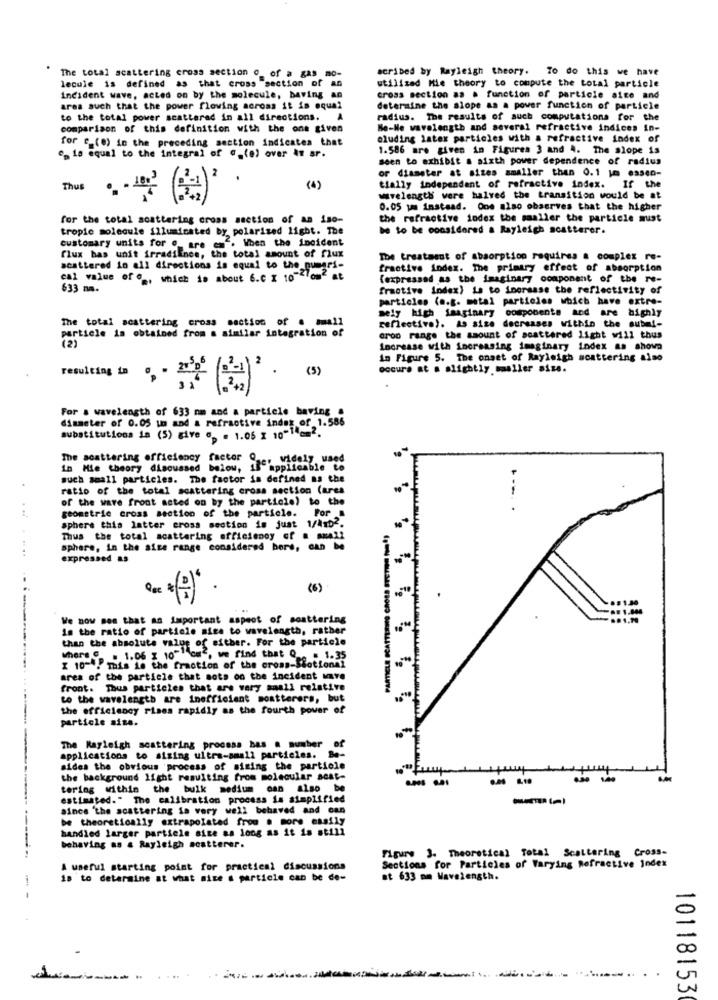
acribed by Rayleigh theory. To do this we have
The total scattering cross section o of a gas mo-
lecule is defined as that cross section of an
utilized Mie theory to compute the total particle
incident wave, acted on by the molecule, beving an
cross section as a function of particle site and
area such that the power flowing across it is equal
determine the slope as a power function of particle
to the total power scattered in all directions. A
radius. The results of such computations for the
comparison of this definition with the one given
He-Ne wavelength and several refractive indices in-
oluding latex particles with a refractive index of
for c_(0) in the preceding section indicates that
1.586 are given in Figures 3 and 4. The slope is
"> 18 equal to the integral of c.(e) over At ar.
seen to exhibit a sixth power dependence of radius
or diameter at sizes smaller than 0.1 Im essen-
(1)
tially independent of refractive index. If the
wwelength were halved the transition would be at
0.05 um instead. One also observes that the higher
for the total soattaring cross section of an iso-
the refractive index the smaller the particle must
tropic molecule illuminated by polarised light. The
be to be considered a Rayleigh scattarer.
customary units for o are emf. When the incident
flux bas unit irradilince, the total amount of flux
The treatment of absorption requires a complex re-
scattered in all directions is equal to the pumari-
fractive index. The primary effect of absorption
cal value of ., which is about 6.c X 10-Zlowfat
(expressed as the imaginary component of the re-
633 mm.
fractive index) La to increase the reflectivity of
particles (a.g. metal particles which have extre-
mely high imaginary components and are highly
The total scattering cross section of a small
reflective). As sise decreases within the submi-
particle is obtained from a similar integration of
croo range the amount of scattered light will thus
Increase with increasing imaginary index as shown
In Figure 5. The onset of Rayleigh scattering also
2 .
occurs at a slightly maller size.
resulting in
For & wavelength of 633 mm and a particle baving .
diameter of 0.05 um and a refractive index of 1.586
substitutions is (5) give op . 1.05 x 10-14=2.
The scattering efficiency factor 9 ... widely used
in Mie theory discussed below, 1
applicable to
such small particles. The factor is defined as the
ratio of the total scattering cross section (ares
of the wave front acted on by the particie) to the
geometrie cross section of the particle. For .
sphere this latter cross section is just 1/4mb2.
PARTICLE SCATTERMO CROLA FTETION (1)
Thus the total acattering efficiency of a well
sphere, in the aise range considered bors, can be
...
expressed as
(6)
We now men that an important aspect of scattering
in the ratio of particle sice to wavelength, rather
than the absolute value of either. For the particle
where C . 1.06 [ 10" om , we find that Qu. . 1.35
[ 10-4, This is the fraction of the cross-Shotional
area of the particle that sots on the incident unve
front. Thus particles that are very small relative
to the wavelength are inefficient sontterers, but
the efficiency rises rapidly as the fourth power of
particle size.
The Rayleigh scattering process has a number of
applications to sizing ultra-small particles. Be-
sides the obvious process of sizing the particle
the background light resulting from molecular acat-
--
tering within the bulk medium can also be
--
estimated." The calibration process is simplified
since 'the scattering is very well behaved and can
be theoretically extrapolated froo . more easily
--
handled larger particle sice as long as it is still
behaving as & Rayleigh scatterer.
Figure 3. Theoretical Total Scattering Cross-
A useful starting point for practical discussions
Sections for Particles of Varying Refractive Index
is to determine at what nice a particle can be de-
at 633 mm Wavelength.
10118153